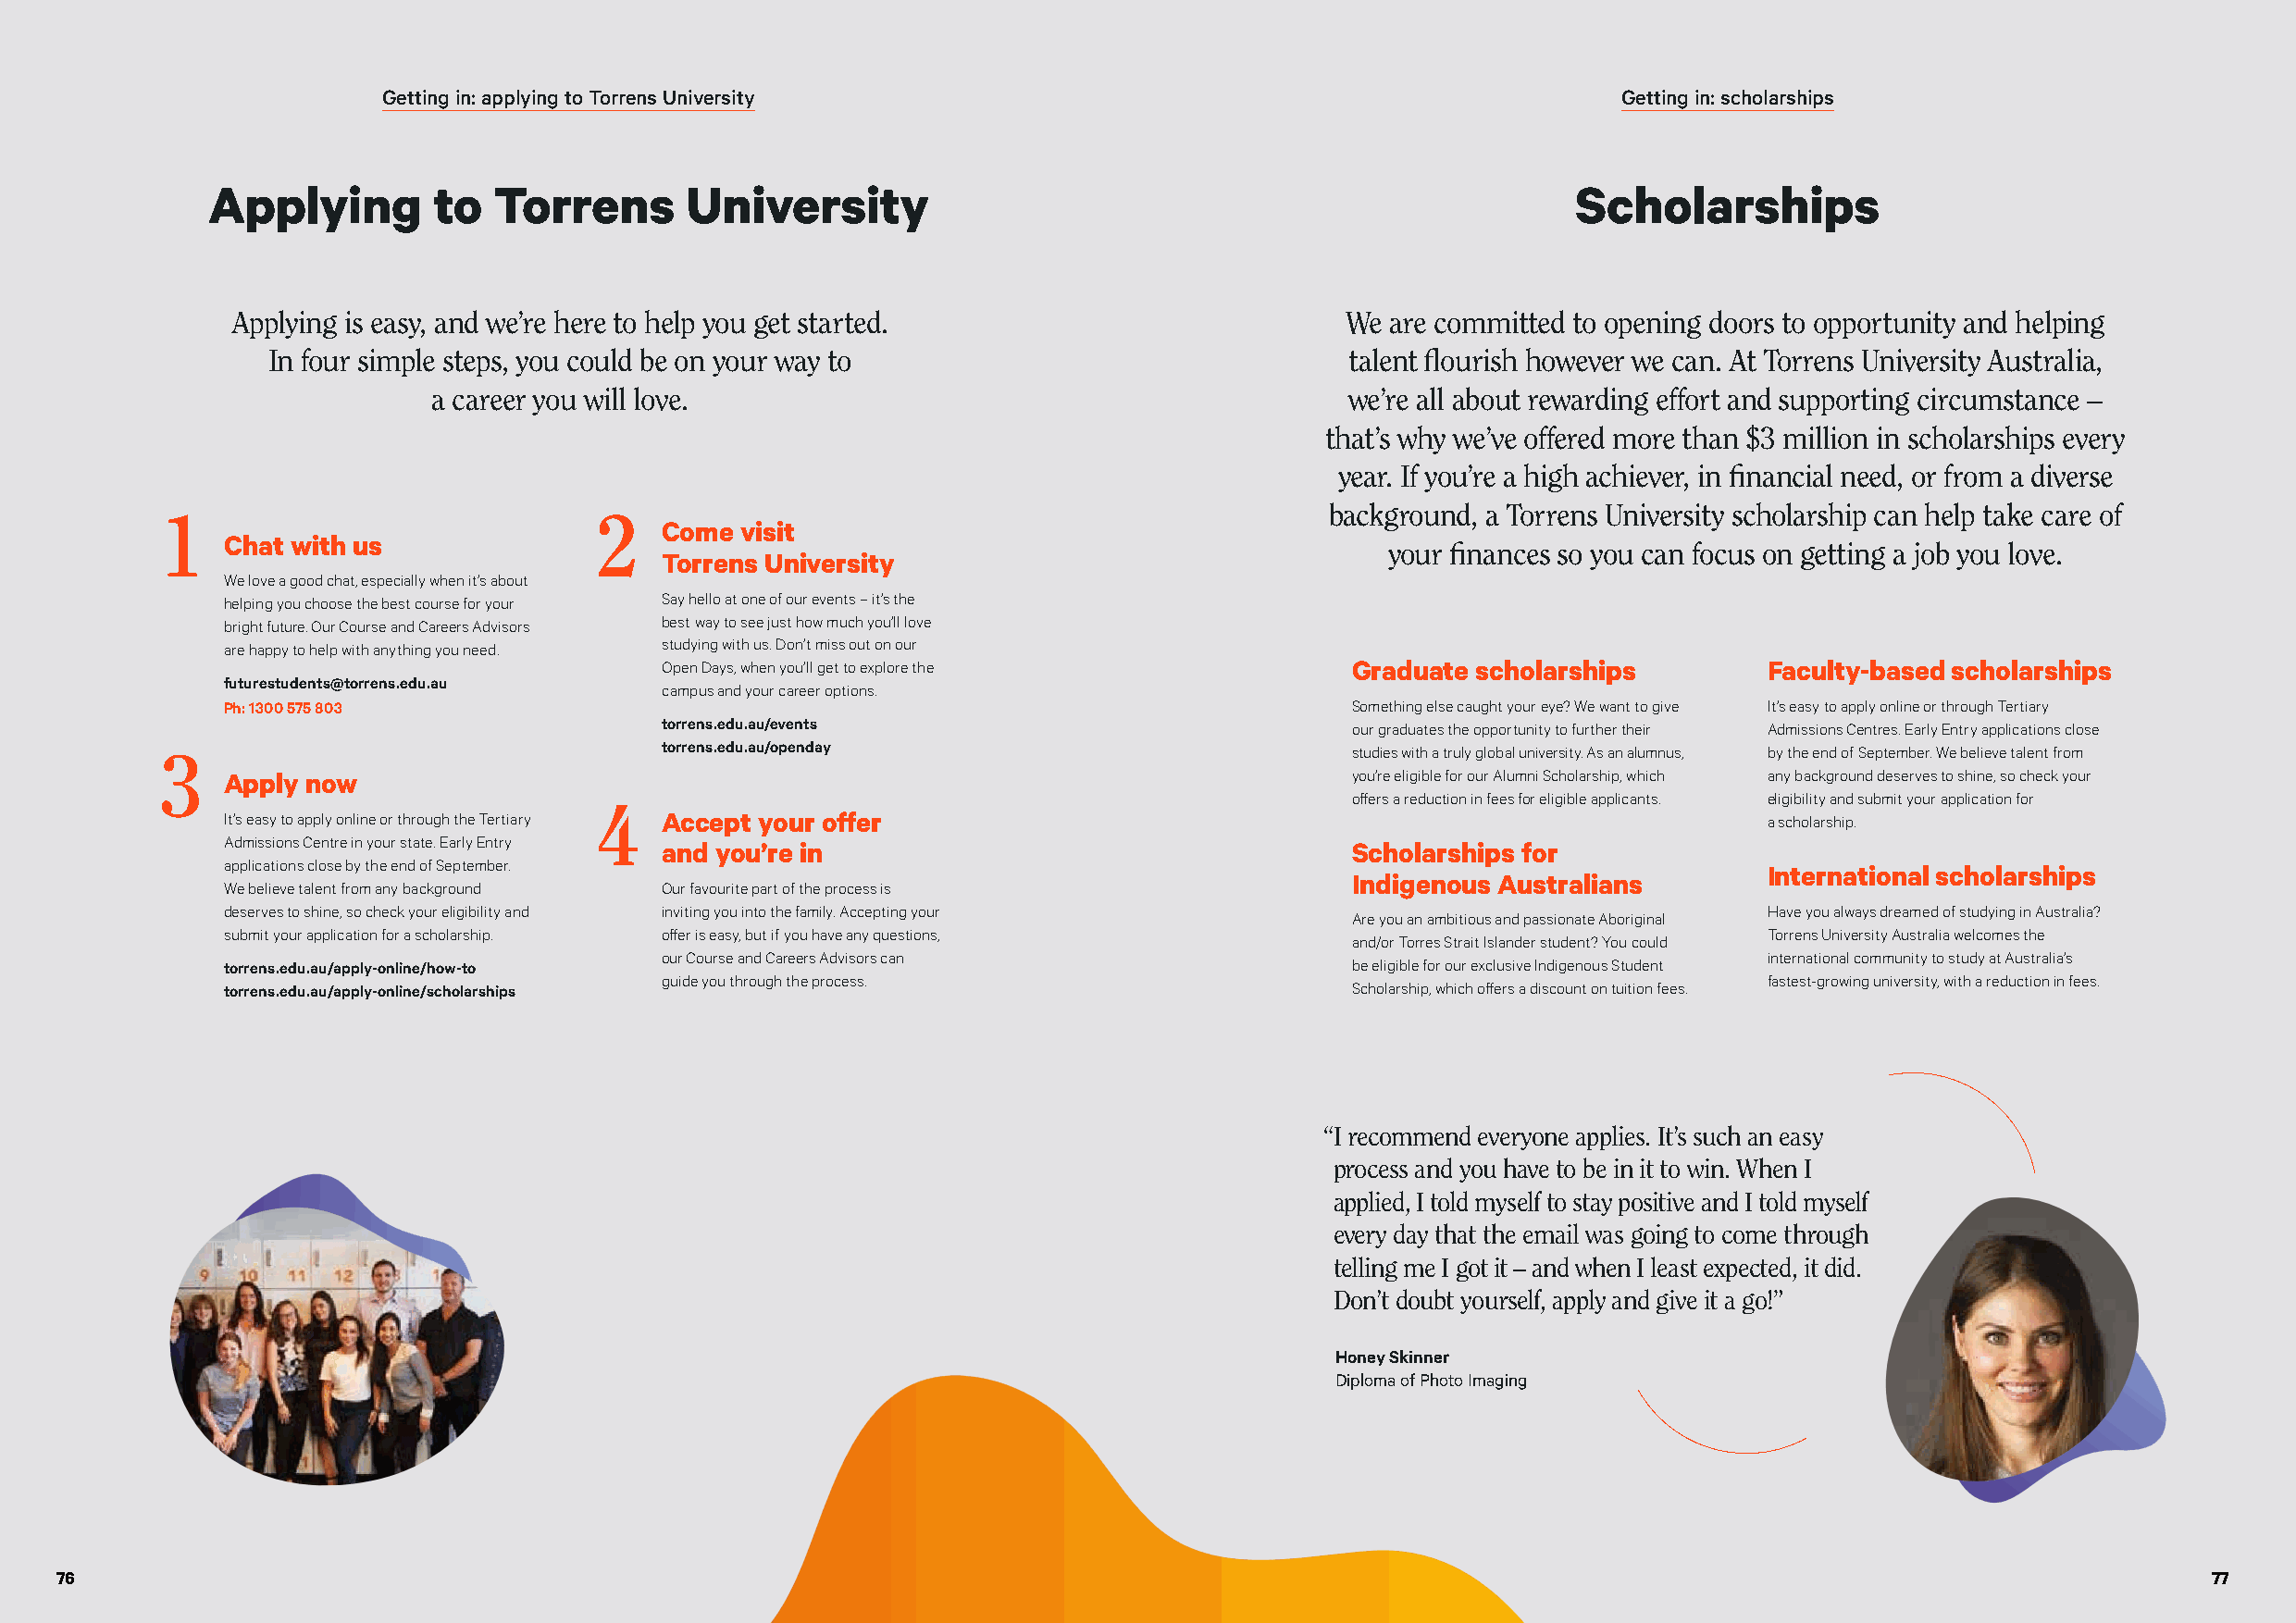
Getting in: applying to Torrens University                                               Getting in: scholarships
 Applying        to  Torrens       University                                                      Scholarships
 Applying is easy, and we’re here to help you get started.                      We are committed to opening doors to opportunity and helping
 In four simple steps, you could be on your way to                            talent flourish however we can. At Torrens University Australia,
 a career you will love.                                          we’re all about rewarding effort and supporting circumstance –
 that’s why we’ve offered more than $3 million in scholarships every
 year. If you’re a high achiever, in financial need, or from a diverse
 background, a Torrens University scholarship can help take care of
 Come  visit
 Chat with us
 your finances so you can focus on getting a job you love.
 Torrens University
 We love a good chat, especially when it’s about
 helping you choose the best course for your Say hello at one of our events – it’s the
 bright future. Our Course and Careers Advisors best way to see just how much you’ll love
 are happy to help with anything you need. studying with us. Don’t miss out on our
 Open Days, when you’ll get to explore the         Graduate scholarships        Faculty-based scholarships
 futurestudents@torrens.edu.au
 campus and your career options.
 Ph: 1300 575 803                                                                 Something else caught your eye? We want to give It’s easy to apply online or through Tertiary
 torrens.edu.au/events                             our graduates the opportunity to further their Admissions Centres. Early Entry applications close
 torrens.edu.au/openday                            studies with a truly global university. As an alumnus, by the end of September. We believe talent from
 Apply now                                                                        you’re eligible for our Alumni Scholarship, which any background deserves to shine, so check your
 offers a reduction in fees for eligible applicants. eligibility and submit your application for
 It’s easy to apply online or through the Tertiary Accept your offer                                           a scholarship.
 Admissions Centre in your state. Early Entry
 and you’re in                                     Scholarships for
 applications close by the end of September.
 International scholarships
 Indigenous Australians
 We believe talent from any background Our favourite part of the process is
 deserves to shine, so check your eligibility and inviting you into the family. Accepting your                 Have you always dreamed of studying in Australia?
 Are you an ambitious and passionate Aboriginal
 submit your application for a scholarship. offer is easy, but if you have any questions,                      Torrens University Australia welcomes the
 and/or Torres Strait Islander student? You could
 our Course and Careers Advisors can                                            international community to study at Australia’s
 torrens.edu.au/apply-online/how-to                                               be eligible for our exclusive Indigenous Student
 guide you through the process.                                                 fastest-growing university, with a reduction in fees.
 torrens.edu.au/apply-online/scholarships                                         Scholarship, which offers a discount on tuition fees.
 “ I recommend everyone applies. It’s such an easy
 process and you have to be in it to win. When I
 applied, I told myself to stay positive and I told myself
 every day that the email was going to come through
 telling me I got it – and when I least expected, it did.
 Don’t doubt yourself, apply and give it a go!”
 Honey Skinner
 Diploma of Photo Imaging
 76                                                                                                                                                        77